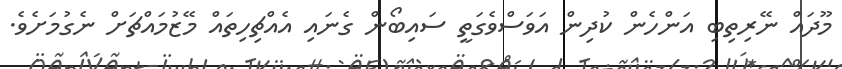
މޫދައް ނޭރިތިބި އަންހެން ކުދިން އަވަސްވެގަތީ ސައިބޯން ގެނައި އެއްޗިހިތައް މޭޒުމައްޗަށް ނެގުމަށެވެ.